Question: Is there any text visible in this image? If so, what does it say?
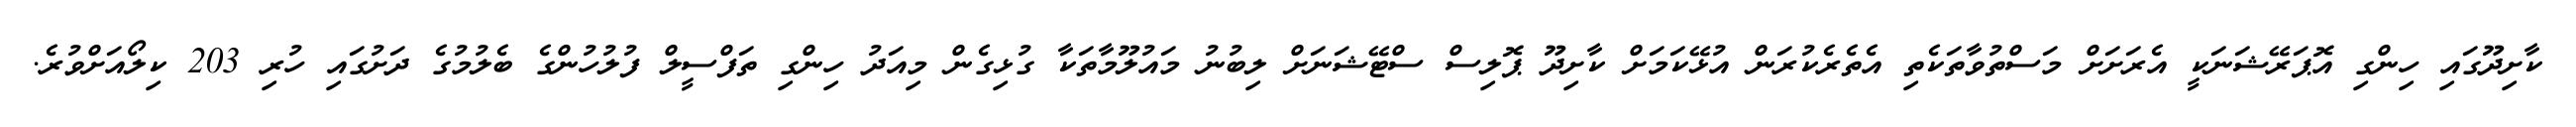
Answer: ކާށިދޫގައި ހިންގި އޮޕަރޭޝަނަކީ އެރަށަށް މަސްތުވާތަކެތި އެތެރެކުރަން އުޅޭކަމަށް ކާށިދޫ ޕޮލިސް ސްޓޭޝަނަށް ލިބުނު މައުލޫމާތަކާ ގުޅިގެން މިއަދު ހިންގި ތަފްސީލް ފުލުހުންގެ ބެލުމުގެ ދަށުގައި ހުރި 203 ކިލޯއަށްވުރެ.